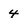
Character: 4